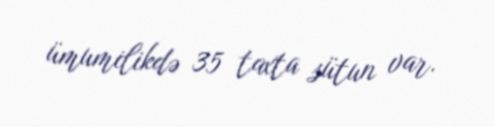
ümumilikdə 35 taxta sütun var.